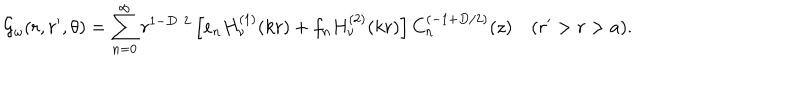
LaTeX: { \cal G } _ { \omega } ( r , r ^ { \prime } , \theta ) = \sum _ { n = 0 } ^ { \infty } r ^ { 1 - D / 2 } \left[ e _ { n } H _ { \nu } ^ { ( 1 ) } ( k r ) + f _ { n } H _ { \nu } ^ { ( 2 ) } ( k r ) \right] C _ { n } ^ { ( - 1 + { D / 2 } ) } ( z ) \quad ( r ^ { \prime } > r > a ) .